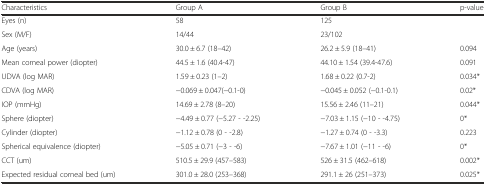
<table><thead><tr><td><b>Characteristics</b></td><td><b>Group A</b></td><td><b>Group B</b></td><td><b>p-value</b></td></tr></thead><tbody><tr><td>Eyes (n)</td><td>58</td><td>125</td><td></td></tr><tr><td>Sex (M/F)</td><td>14/44</td><td>23/102</td><td></td></tr><tr><td>Age (years)</td><td>30.0 ± 6.7 (18–42)</td><td>26.2 ± 5.9 (18–41)</td><td>0.094</td></tr><tr><td>Mean corneal power (diopter)</td><td>44.5 ± 1.6 (40.4-47)</td><td>44.10 ± 1.54 (39.4-47.6)</td><td>0.091</td></tr><tr><td>UDVA (log MAR)</td><td>1.59 ± 0.23 (1–2)</td><td>1.68 ± 0.22 (0.7-2)</td><td>0.034*</td></tr><tr><td>CDVA (log MAR)</td><td>−0.069 ± 0.047(−0.1-0)</td><td>−0.045 ± 0.052 (−0.1-0.1)</td><td>0.02*</td></tr><tr><td>IOP (mmHg)</td><td>14.69 ± 2.78 (8–20)</td><td>15.56 ± 2.46 (11–21)</td><td>0.044*</td></tr><tr><td>Sphere (diopter)</td><td>−4.49 ± 0.77 (−5.27 - -2.25)</td><td>−7.03 ± 1.15 (−10 - -4.75)</td><td>0*</td></tr><tr><td>Cylinder (diopter)</td><td>−1.12 ± 0.78 (0 - -2.8)</td><td>−1.27 ± 0.74 (0 - -3.3)</td><td>0.223</td></tr><tr><td>Spherical equivalence (diopter)</td><td>−5.05 ± 0.71 (−3 - -6)</td><td>−7.67 ± 1.01 (−11 - -6)</td><td>0*</td></tr><tr><td>CCT (um)</td><td>510.5 ± 29.9 (457–583)</td><td>526 ± 31.5 (462–618)</td><td>0.002*</td></tr><tr><td>Expected residual corneal bed (um)</td><td>301.0 ± 28.0 (253–368)</td><td>291.1 ± 26 (251–373)</td><td>0.025*</td></tr></tbody></table>